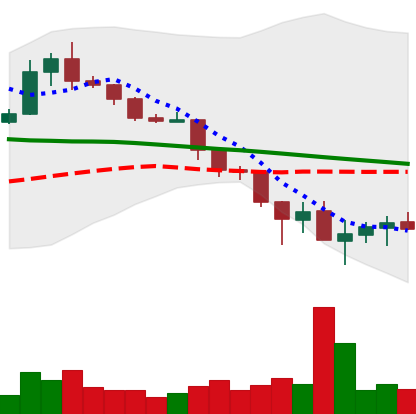
Ticker: XLM-USD
Chart end date: 2019-11-28
Forward return: -3.856%
Label: down_3_5